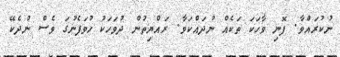
ނުކުރައްވާ. ފޮނި ވާހަަކަ ތަކެއް ނުދައްކަވާ. ރައްޔިތުން ދުވަހަކު ހުވަފެނުގަ ވެސް ނުދެކޭ